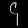
Digit: ၄